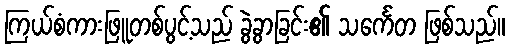
ကြယ်စံကားဖြူတစ်ပွင့်သည် ခွဲခွာခြင်း၏ သင်္ကေတ ဖြစ်သည်။